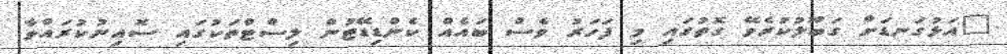
"އަޅުގަނޑަށް ގަބޫލުކުރެވޭ ގޮތުގައި މި ފަހަރު ވެސް ބައެއް ކެންޑިޑޭޓުން ލިސްޓްތަކުގައި ސޮއިނުކުރައްވާ